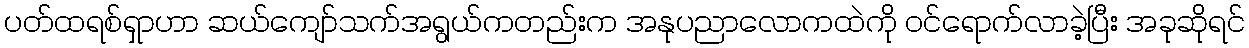
ပတ်ထရစ်ရှာဟာ ဆယ်ကျော်သက်အရွယ်ကတည်းက အနုပညာလောကထဲကို ဝင်ရောက်လာခဲ့ပြီး အခုဆိုရင်